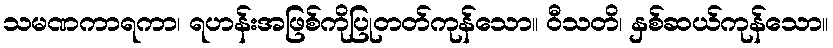
သမဏကာရကာ၊ ရဟန်းအဖြစ်ကိုပြုတတ်ကုန်သော။ ဝီသတိ၊ နှစ်ဆယ်ကုန်သော။